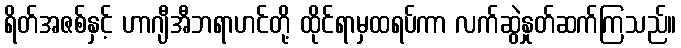
ရိတ်အဇစ်နှင့် ဟာဂျီအီဘရာဟင်တို့ ထိုင်ရာမှထရပ်ကာ လက်ဆွဲနှုတ်ဆက်ကြသည်။